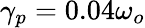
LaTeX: \gamma_{p}=0.04\omega_{o}